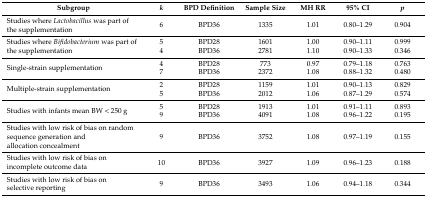
<table><thead><tr><td><b>Subgroup</b></td><td><b><i>k</i></b></td><td><b>BPD Definition</b></td><td><b>Sample Size</b></td><td><b>MH RR</b></td><td><b>95% CI</b></td><td><b><i>p</i></b></td></tr></thead><tbody><tr><td>Studies where <i>Lactobacillus</i> was part of the supplementation</td><td>6</td><td>BPD36</td><td>1335</td><td>1.01</td><td>0.80–1.29</td><td>0.904</td></tr><tr><td rowspan="2">Studies where <i>Bifidobacterium</i> was part of the supplementation</td><td>5</td><td>BPD28</td><td>1601</td><td>1.00</td><td>0.90–1.11</td><td>0.999</td></tr><tr><td>4</td><td>BPD36</td><td>2781</td><td>1.10</td><td>0.90–1.33</td><td>0.346</td></tr><tr><td rowspan="2">Single-strain supplementation</td><td>4</td><td>BPD28</td><td>773</td><td>0.97</td><td>0.79–1.18</td><td>0.763</td></tr><tr><td>7</td><td>BPD36</td><td>2372</td><td>1.08</td><td>0.88–1.32</td><td>0.480</td></tr><tr><td rowspan="2">Multiple-strain supplementation</td><td>2</td><td>BPD28</td><td>1159</td><td>1.01</td><td>0.90–1.13</td><td>0.829</td></tr><tr><td>5</td><td>BPD36</td><td>2012</td><td>1.06</td><td>0.87–1.29</td><td>0.574</td></tr><tr><td rowspan="2">Studies with infants mean BW &lt; 250 g</td><td>5</td><td>BPD28</td><td>1913</td><td>1.01</td><td>0.91–1.11</td><td>0.893</td></tr><tr><td>9</td><td>BPD36</td><td>4091</td><td>1.08</td><td>0.96–1.22</td><td>0.195</td></tr><tr><td>Studies with low risk of bias on random sequence generation and allocation concealment</td><td>9</td><td>BPD36</td><td>3752</td><td>1.08</td><td>0.97–1.19</td><td>0.155</td></tr><tr><td>Studies with low risk of bias on incomplete outcome data</td><td>10</td><td>BPD36</td><td>3927</td><td>1.09</td><td>0.96–1.23</td><td>0.188</td></tr><tr><td>Studies with low risk of bias on selective reporting</td><td>9</td><td>BPD36</td><td>3493</td><td>1.06</td><td>0.94–1.18</td><td>0.344</td></tr></tbody></table>